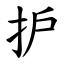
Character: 护